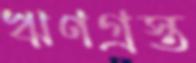
ঋণগ্রস্ত